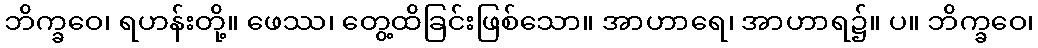
ဘိက္ခဝေ၊ ရဟန်းတို့။ ဖေဿ၊ တွေ့ထိခြင်းဖြစ်သော။ အာဟာရေ၊ အာဟာရ၌။ ပ။ ဘိက္ခဝေ၊